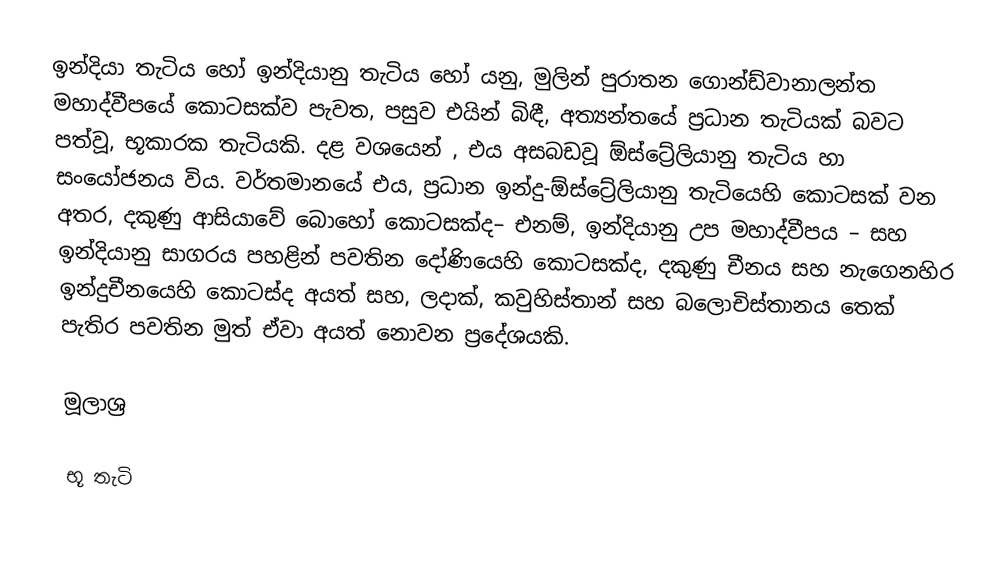
ඉන්දියා තැටිය හෝ ඉන්දියානු තැටිය හෝ යනු,  මුලින් පුරාතන ගොන්ඩ්වානාලන්ත මහාද්වීපයේ කොටසක්ව පැවත, පසුව එයින් බිඳී, අත්‍යන්තයේ ප්‍රධාන තැටියක් බවට පත්වූ, භූකාරක තැටියකි.  දළ වශයෙන් , එය අසබඩවූ ඕස්ට්‍රේලියානු තැටිය හා සංයෝජනය විය. වර්තමානයේ එය, ප්‍රධාන  ඉන්දු-ඕස්ට්‍රේලියානු තැටියෙහි කොටසක් වන අතර, දකුණු ආසියාවේ බොහෝ කොටසක්ද– එනම්, ඉන්දියානු උප මහාද්වීපය – සහ ඉන්දියානු සාගරය පහළින් පවතින දෝණියෙහි කොටසක්ද, දකුණු චීනය සහ  නැගෙනහිර ඉන්දුචීනයෙහි කොටස්ද අයත් සහ, ලදාක්, කවුහිස්තාන් සහ බලොචිස්තානය තෙක් පැතිර පවතින මුත් ඒවා අයත් නොවන ප්‍රදේශයකි.

මූලාශ්‍ර

භූ තැටි